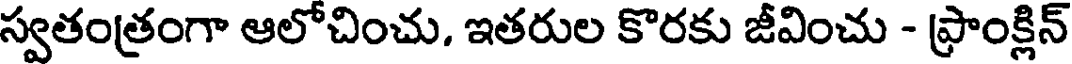
స్వతంత్రంగా ఆలోచించు. ఇతరుల కొరకు జీవించు - ఫ్రాంక్లిన్